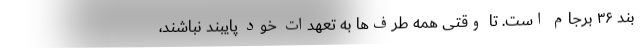
بند ۳۶ برجام است. تا وقتی همه طرف‌ها به تعهدات خود پایبند نباشند،